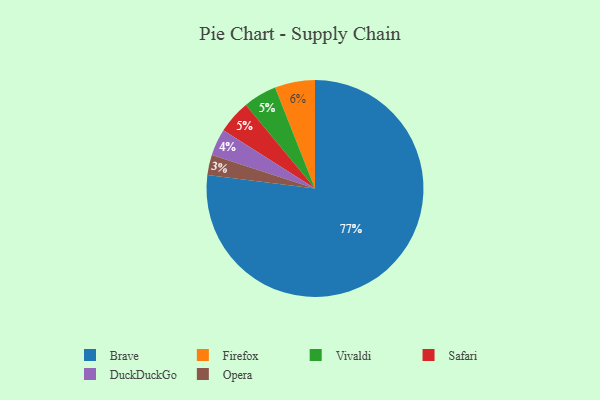
{"axis": {"x": "Category", "y": "Percentage"}, "legend": ["Brave", "DuckDuckGo", "Firefox", "Opera", "Safari", "Vivaldi"], "data": [{"x": "Vivaldi", "y": 5, "type": "Vivaldi"}, {"x": "DuckDuckGo", "y": 4, "type": "DuckDuckGo"}, {"x": "Safari", "y": 5, "type": "Safari"}, {"x": "Opera", "y": 3, "type": "Opera"}, {"x": "Firefox", "y": 6, "type": "Firefox"}, {"x": "Brave", "y": 77, "type": "Brave"}]}